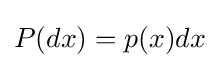
P(dx)=p(x)dx